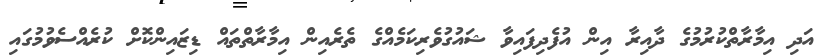
އަދި އިމާރާތްކުރުމުގެ ދާއިރާ އިން އުފެދިފައިވާ ޝައުގުވެރިކަމެއްގެ ތެރެއިން އިމާރާތްތައް ޑިޒައިންކޮށް ކުރެއްސެވުމުގައި